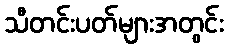
သီတင်းပတ်များအတွင်း